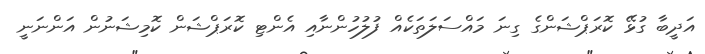
އަދީބާ ގުޅޭ ކޮރަޕްޝަންގެ ގިނަ މައްސަލަތަކެއް ފުލުހުންނާއި އެންޓި ކޮރަޕްޝަން ކޮމިޝަނުން އަންނަނީ